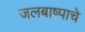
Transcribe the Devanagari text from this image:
जलबाष्पाचे